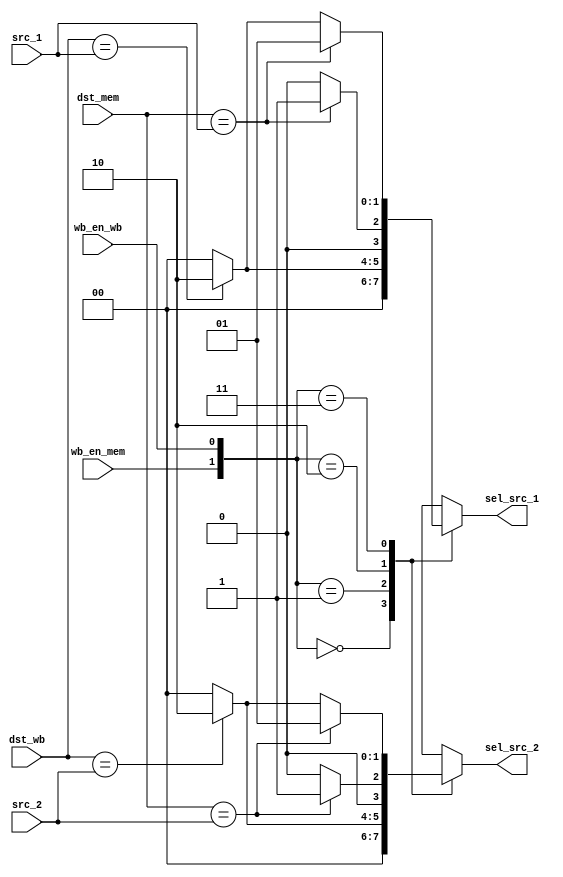
module forwarding_unit
(
	output reg[1:0] sel_src_1 = 2'd0,
	output reg[1:0] sel_src_2 = 2'd0,

	input[3:0] dst_mem, 
		dst_wb,
		src_1,
		src_2,
	input wb_en_mem, 
		wb_en_wb
);

	always @(*) begin
		sel_src_1 = 2'd0;
		sel_src_2 = 2'd0;
		case({wb_en_mem, wb_en_wb})
			2'b00 : begin
				sel_src_1 = 2'd0;
				sel_src_2 = 2'd0;
			end
			2'b01 : begin
				if(dst_wb == src_1)
					sel_src_1 = 2'd2;
				if(dst_wb == src_2)
					sel_src_2 = 2'd2;
			end
			2'b10 : begin
				if(dst_mem == src_1)
					sel_src_1 = 2'd1;
				if(dst_mem == src_2)
					sel_src_2 = 2'd1;
			end
			2'b11 : begin
				if(dst_mem == src_1)
					sel_src_1 = 2'd1;
				else if(dst_wb == src_1)
					sel_src_1 = 2'd2;

				if(dst_mem == src_2)
					sel_src_2 = 2'd1;
				else if(dst_wb == src_2)
					sel_src_2 = 2'd2;
			end
			default : begin
				sel_src_1 = 2'd0;
				sel_src_2 = 2'd0;
			end
		endcase

	end
endmodule